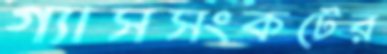
গ্যাসসংকটের